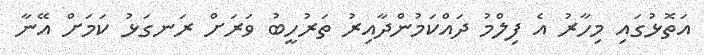
އަތޮޅުގައި މިހާރު އެ ފިލްމު ދައްކަމުންދާއިރު ތަރުހީބު ވަރަށް ރަނގަޅު ކަމަށް އޭނާ